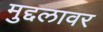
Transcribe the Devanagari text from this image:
मुद्दलावर